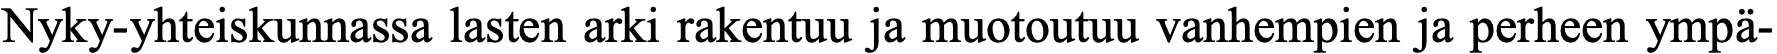
Nyky-yhteiskunnassa lasten arki rakentuu ja muotoutuu vanhempien ja perheen ympä-